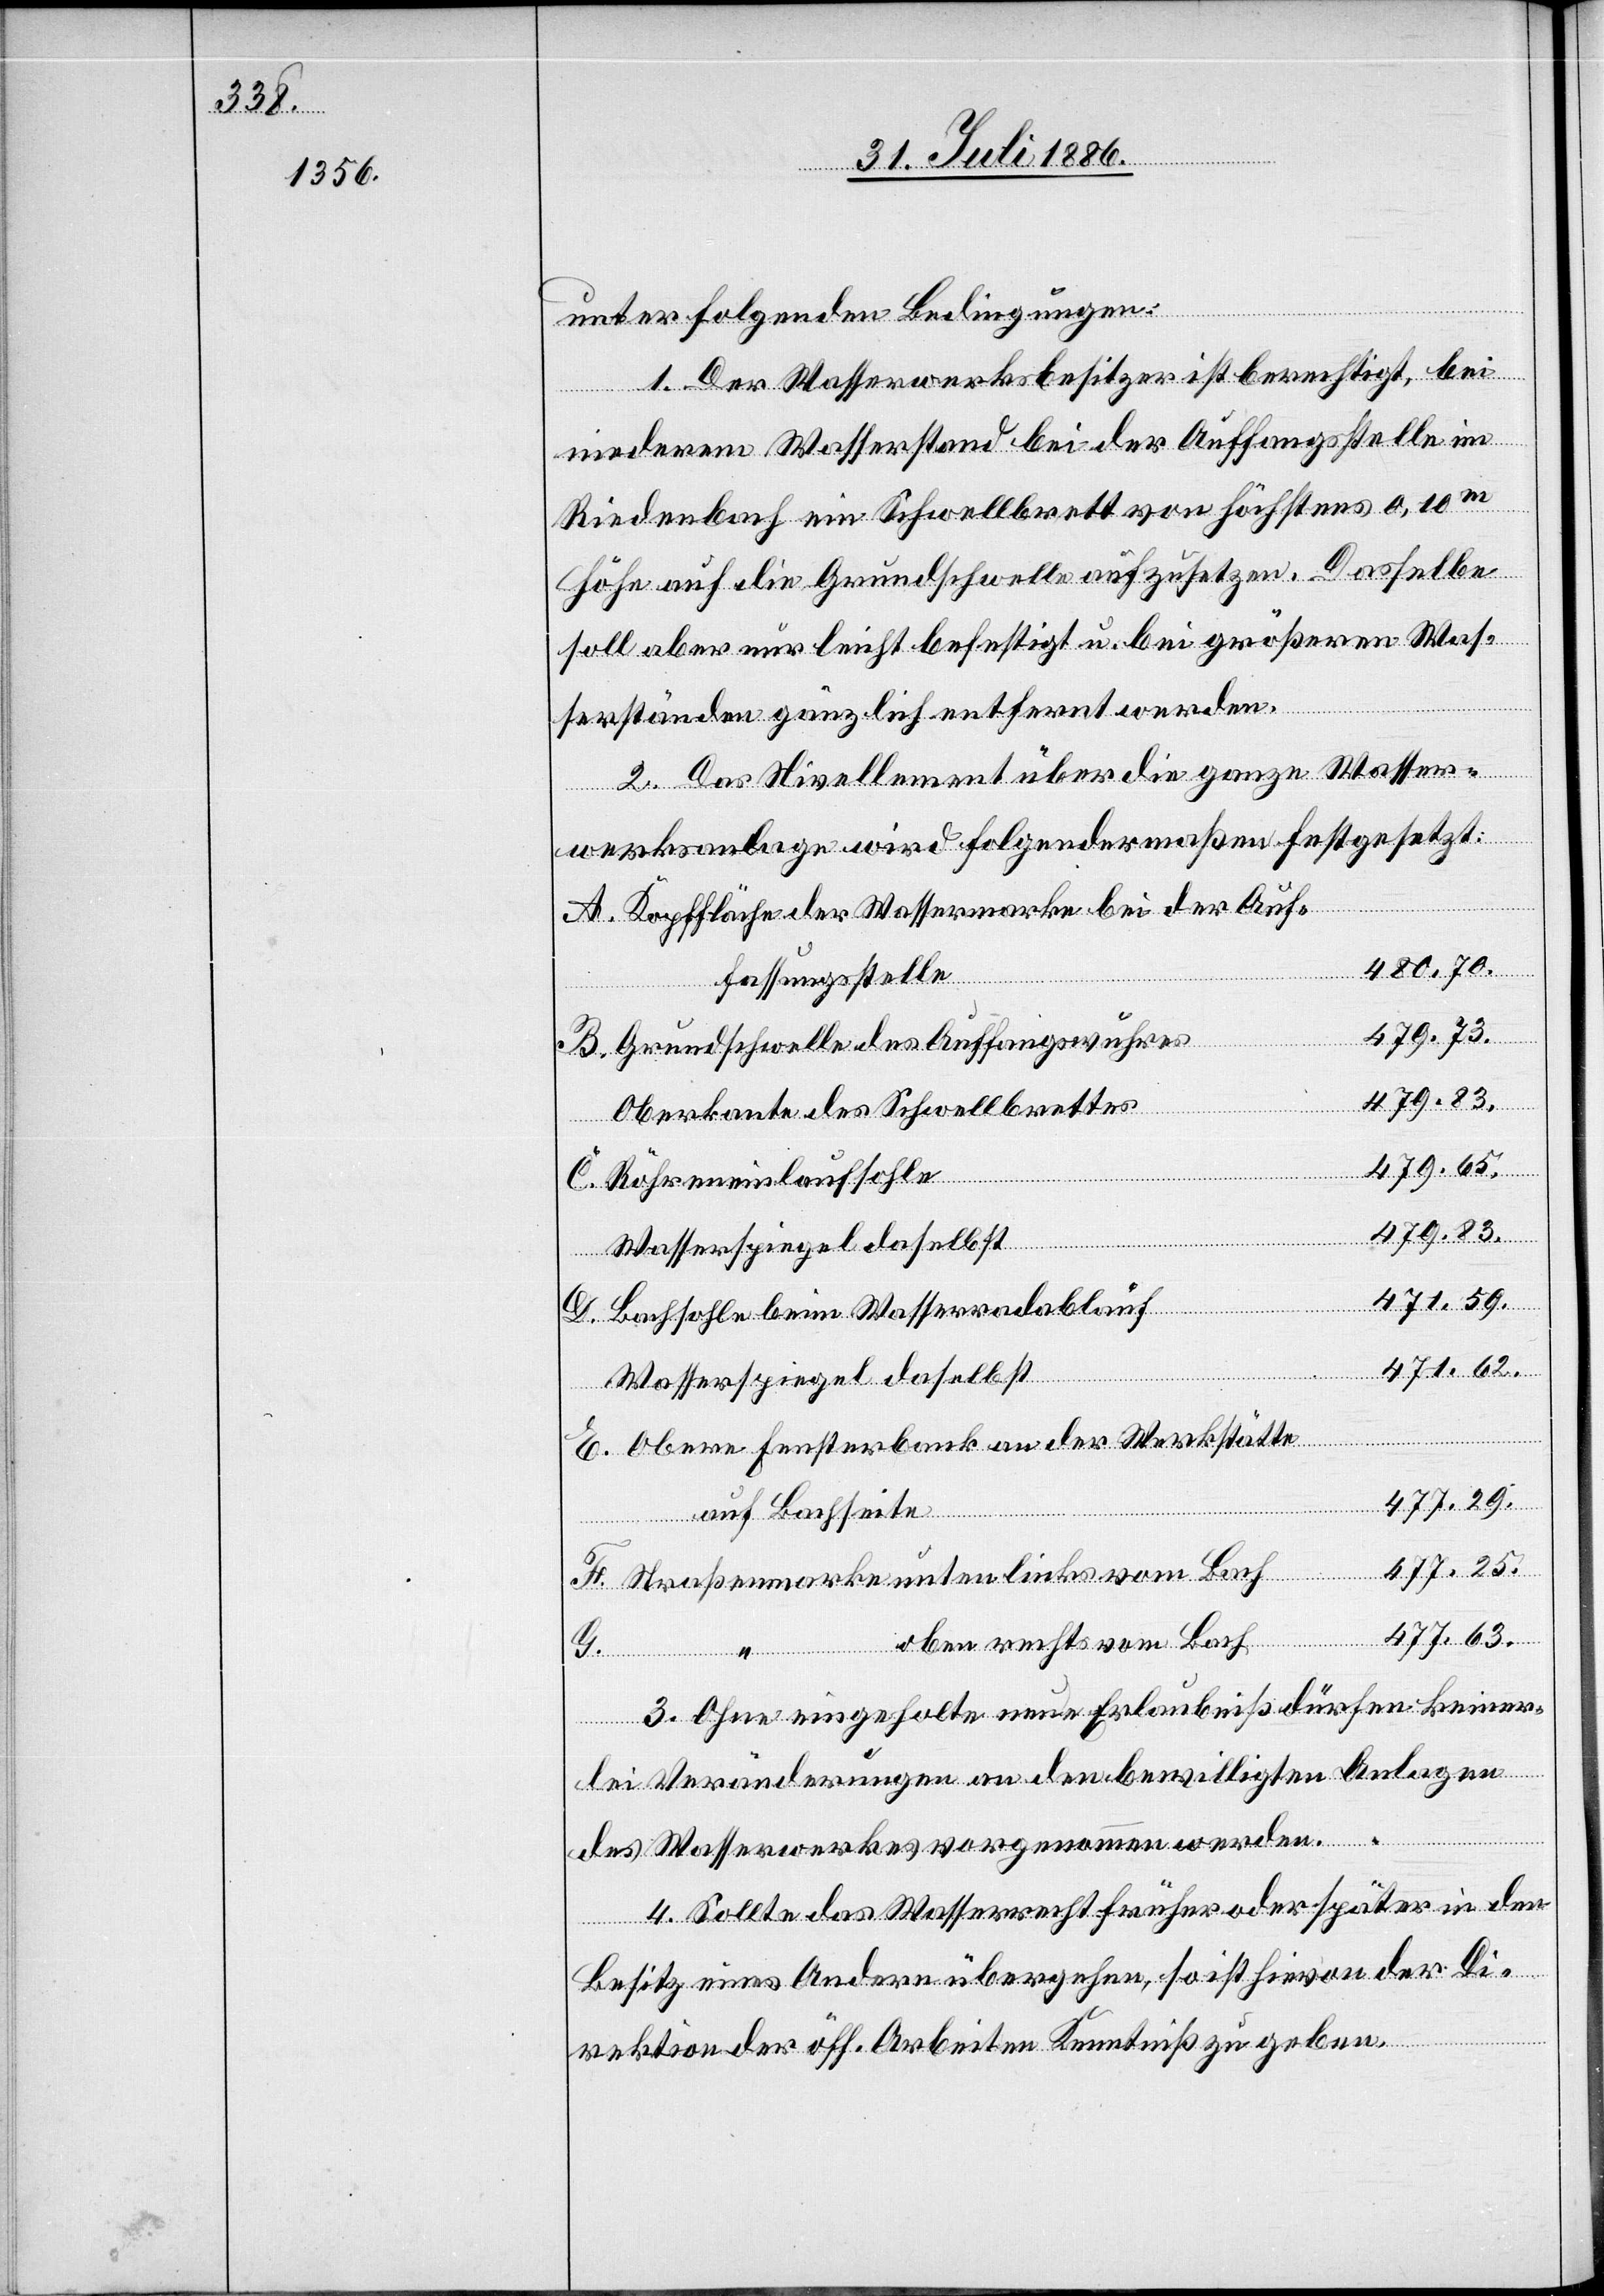
unter folgenden Bedingungen:
1. Der Wasserwerksbesitzer ist berechtigt, bei
niederem Wasserstand bei der Auffangstelle im
Riedenbach ein Schwellbrett von höchstens 0,10m
Höhe auf die Grundschwelle aufzusetzen. Dasselbe
soll aber nur leicht befestigt u. bei größeren Was¬
serständen gänzlich entfernt werden.
2. Das Nivellement über die ganze Wasser¬
werksanlage wird folgendermaßen festgesetzt:
Kopffläche der Wassermarke bei der Auf¬
480 70.
fassungsstelle
479 73.
Grundschwelle des Auffangswuhres
479 83.
Oberkante des Schwellbrettes
479 65.
Röhreneinlaufsohle
471 59.
“
Bachsohle beim Wasserradablauf
Wasserspiegel daselbst
Obere Fensterbank an der Werkstätte
477 29.
G.
auf Bachseite
477 25.
Straßenmarke unten links vom Bach
477 63.
oben rechts vom Bach
E.
3. Ohne eingeholte neue Erlaubniß dürfen keiner¬
lei Veränderungen an den bewilligten Anlagen
des Wasserwerkes vorgenommen werden.
4. Sollte das Wasserrecht früher oder später in den
Besitz eines Andern übergehen, so ist hievon der Di¬
rektion der öff. Arbeiten Kenntniß zu geben.